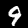
Label: 9